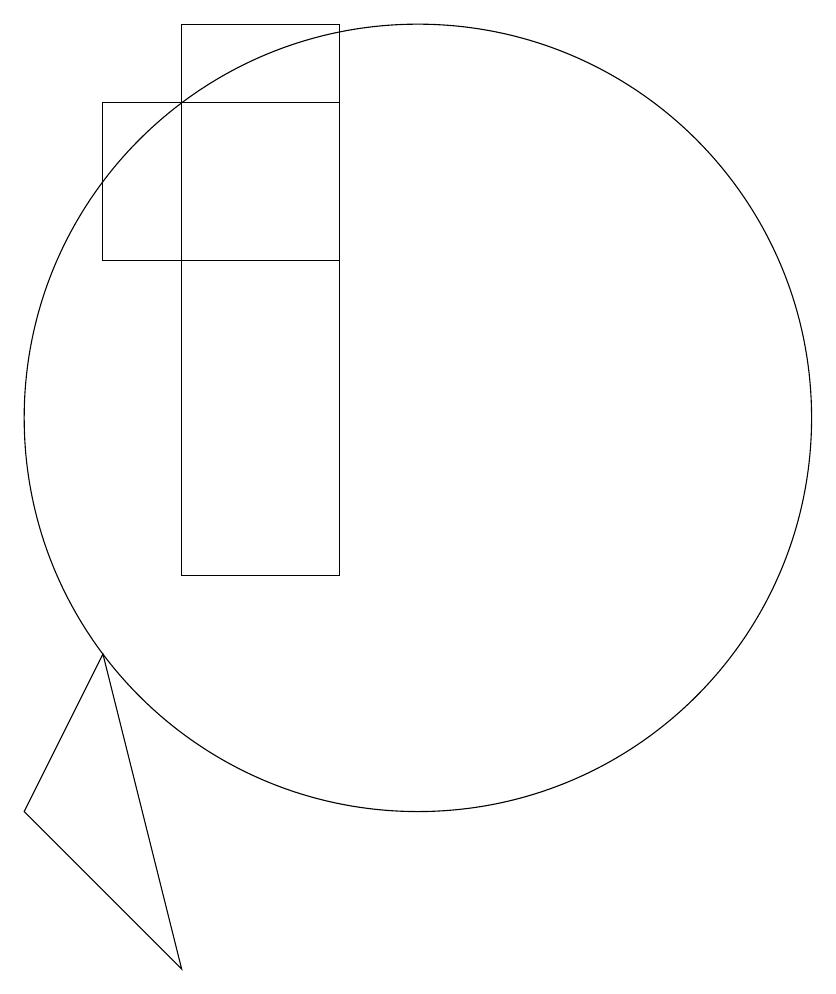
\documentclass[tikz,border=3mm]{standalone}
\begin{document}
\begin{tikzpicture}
\draw (6,9) -- (5,7) -- (7,5) -- cycle;
\draw (9,16) rectangle (6,14);
\draw (10,12) circle (5);
\draw (9,10) rectangle (7,17);
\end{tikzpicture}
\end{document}